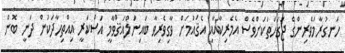
ހަނގުރާމަވެރިންގެ ޖަގަހަތަކަށްވެސް އެމެރިކާއާއި އެޤައުމަށް ވާގިވެރިވާ ބައިނަލްއަޤްވާމީ އަސްކަރީ އިއްތިހާދަކުން ދަނީ ބޮން